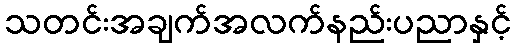
သတင်းအချက်အလက်နည်းပညာနှင့်